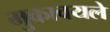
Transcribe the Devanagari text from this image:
मुकावयले